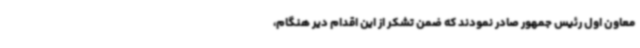
معاون اول رئیس جمهور صادر نمودند که ضمن تشکر از این اقدام دیر هنگام،